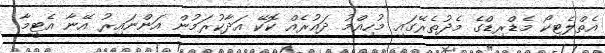
އެތްލެޓިކޯ މެޑްރިޑްގެ މެދުތެރޭގައި މުހިއްމު ދައުރެއް ކޮކޭ އަދާކުރަމުން އަންނައިރު އޭނާ އެޓީމާ